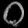
Digit: ၀